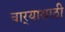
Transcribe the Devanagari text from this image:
चार्‍यासाठी